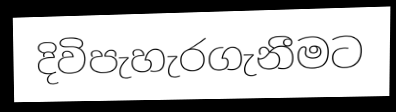
දිවිපැහැරගැනීමට